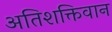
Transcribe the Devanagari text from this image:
अतिशक्तिवान